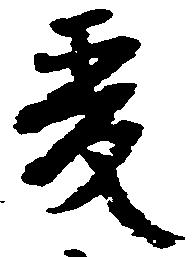
爰